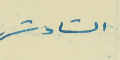
السَادسَ